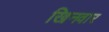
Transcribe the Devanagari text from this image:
खिनवार